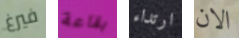
فيرغ بقاعة ارتداء الان